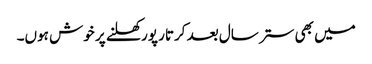
میں بھی ستر سال بعد کرتار پور کھلنے پر خوش ہوں۔